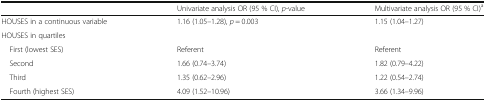
<table><thead><tr><td></td><td><b>Univariate analysis OR (95 % CI), <i>p</i>-value</b></td><td><b>Multivariate analysis OR (95 % CI)<sup>a</sup></b></td></tr></thead><tbody><tr><td>HOUSES in a continuous variable</td><td>1.16 (1.05–1.28), <i>p</i> = 0.003</td><td>1.15 (1.04–1.27)</td></tr><tr><td colspan="3">HOUSES in quartiles</td></tr><tr><td> First (lowest SES)</td><td>Referent</td><td>Referent</td></tr><tr><td> Second</td><td>1.66 (0.74–3.74)</td><td>1.82 (0.79–4.22)</td></tr><tr><td> Third</td><td>1.35 (0.62–2.96)</td><td>1.22 (0.54–2.74)</td></tr><tr><td> Fourth (highest SES)</td><td>4.09 (1.52–10.96)</td><td>3.66 (1.34–9.96)</td></tr></tbody></table>